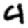
Digit: 4